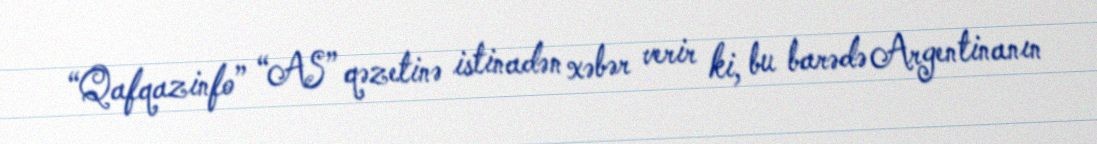
“Qafqazinfo” “AS” qəzetinə istinadən xəbər verir ki, bu barədə Argentinanın